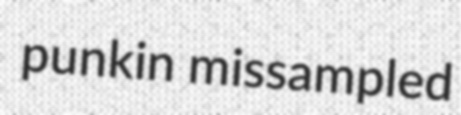
punkin missampled